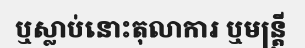
ឬស្លាប់នោះតុលាការ ឬមន្ត្រី